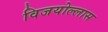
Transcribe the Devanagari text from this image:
विजयोल्लास